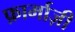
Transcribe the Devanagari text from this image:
फ़ार्माज़ी